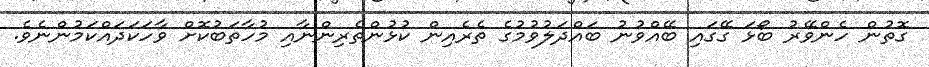
ގޮތުން ހެންވޭރު ބޯޅަ ގޭގައި ބޭއްވުނު ބައްދަލުވުމުގެ ތެރެއިން ކުޅުންތެރިންނާއި މުހާތަބުކޮށް ވާހަކަދައްކަމުންނެވެ.